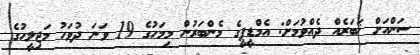
ސަންއަށް ޚަބަރެއް ދެއްވުމަށް: އެމްޑީޕީގެ މެންބަރުން މިމަހުގެ 19 ވަނަ ދުވަހު މަޖިލީޙުގެ